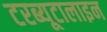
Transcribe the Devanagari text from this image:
टरब्यूटालाइन